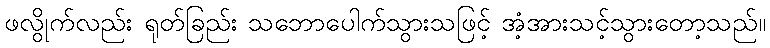
ဖလွိုက်လည်း ရုတ်ခြည်း သဘောပေါက်သွားသဖြင့် အံ့အားသင့်သွားတော့သည်။